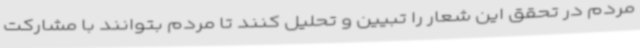
مردم در تحقق این شعار را تبیین و تحلیل کنند تا مردم بتوانند با مشارکت